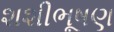
શશીભૂષણ